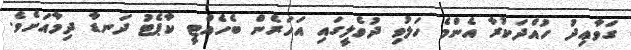
ގަވާޢިދު ހުއްދަކުރާ އެންމެ ހަލުވި ދުވެލީގައި އަހަރެން ބެހެއްޓީ ކާޕެޓު ދަނޑާ ދިމާއަށެވެ.